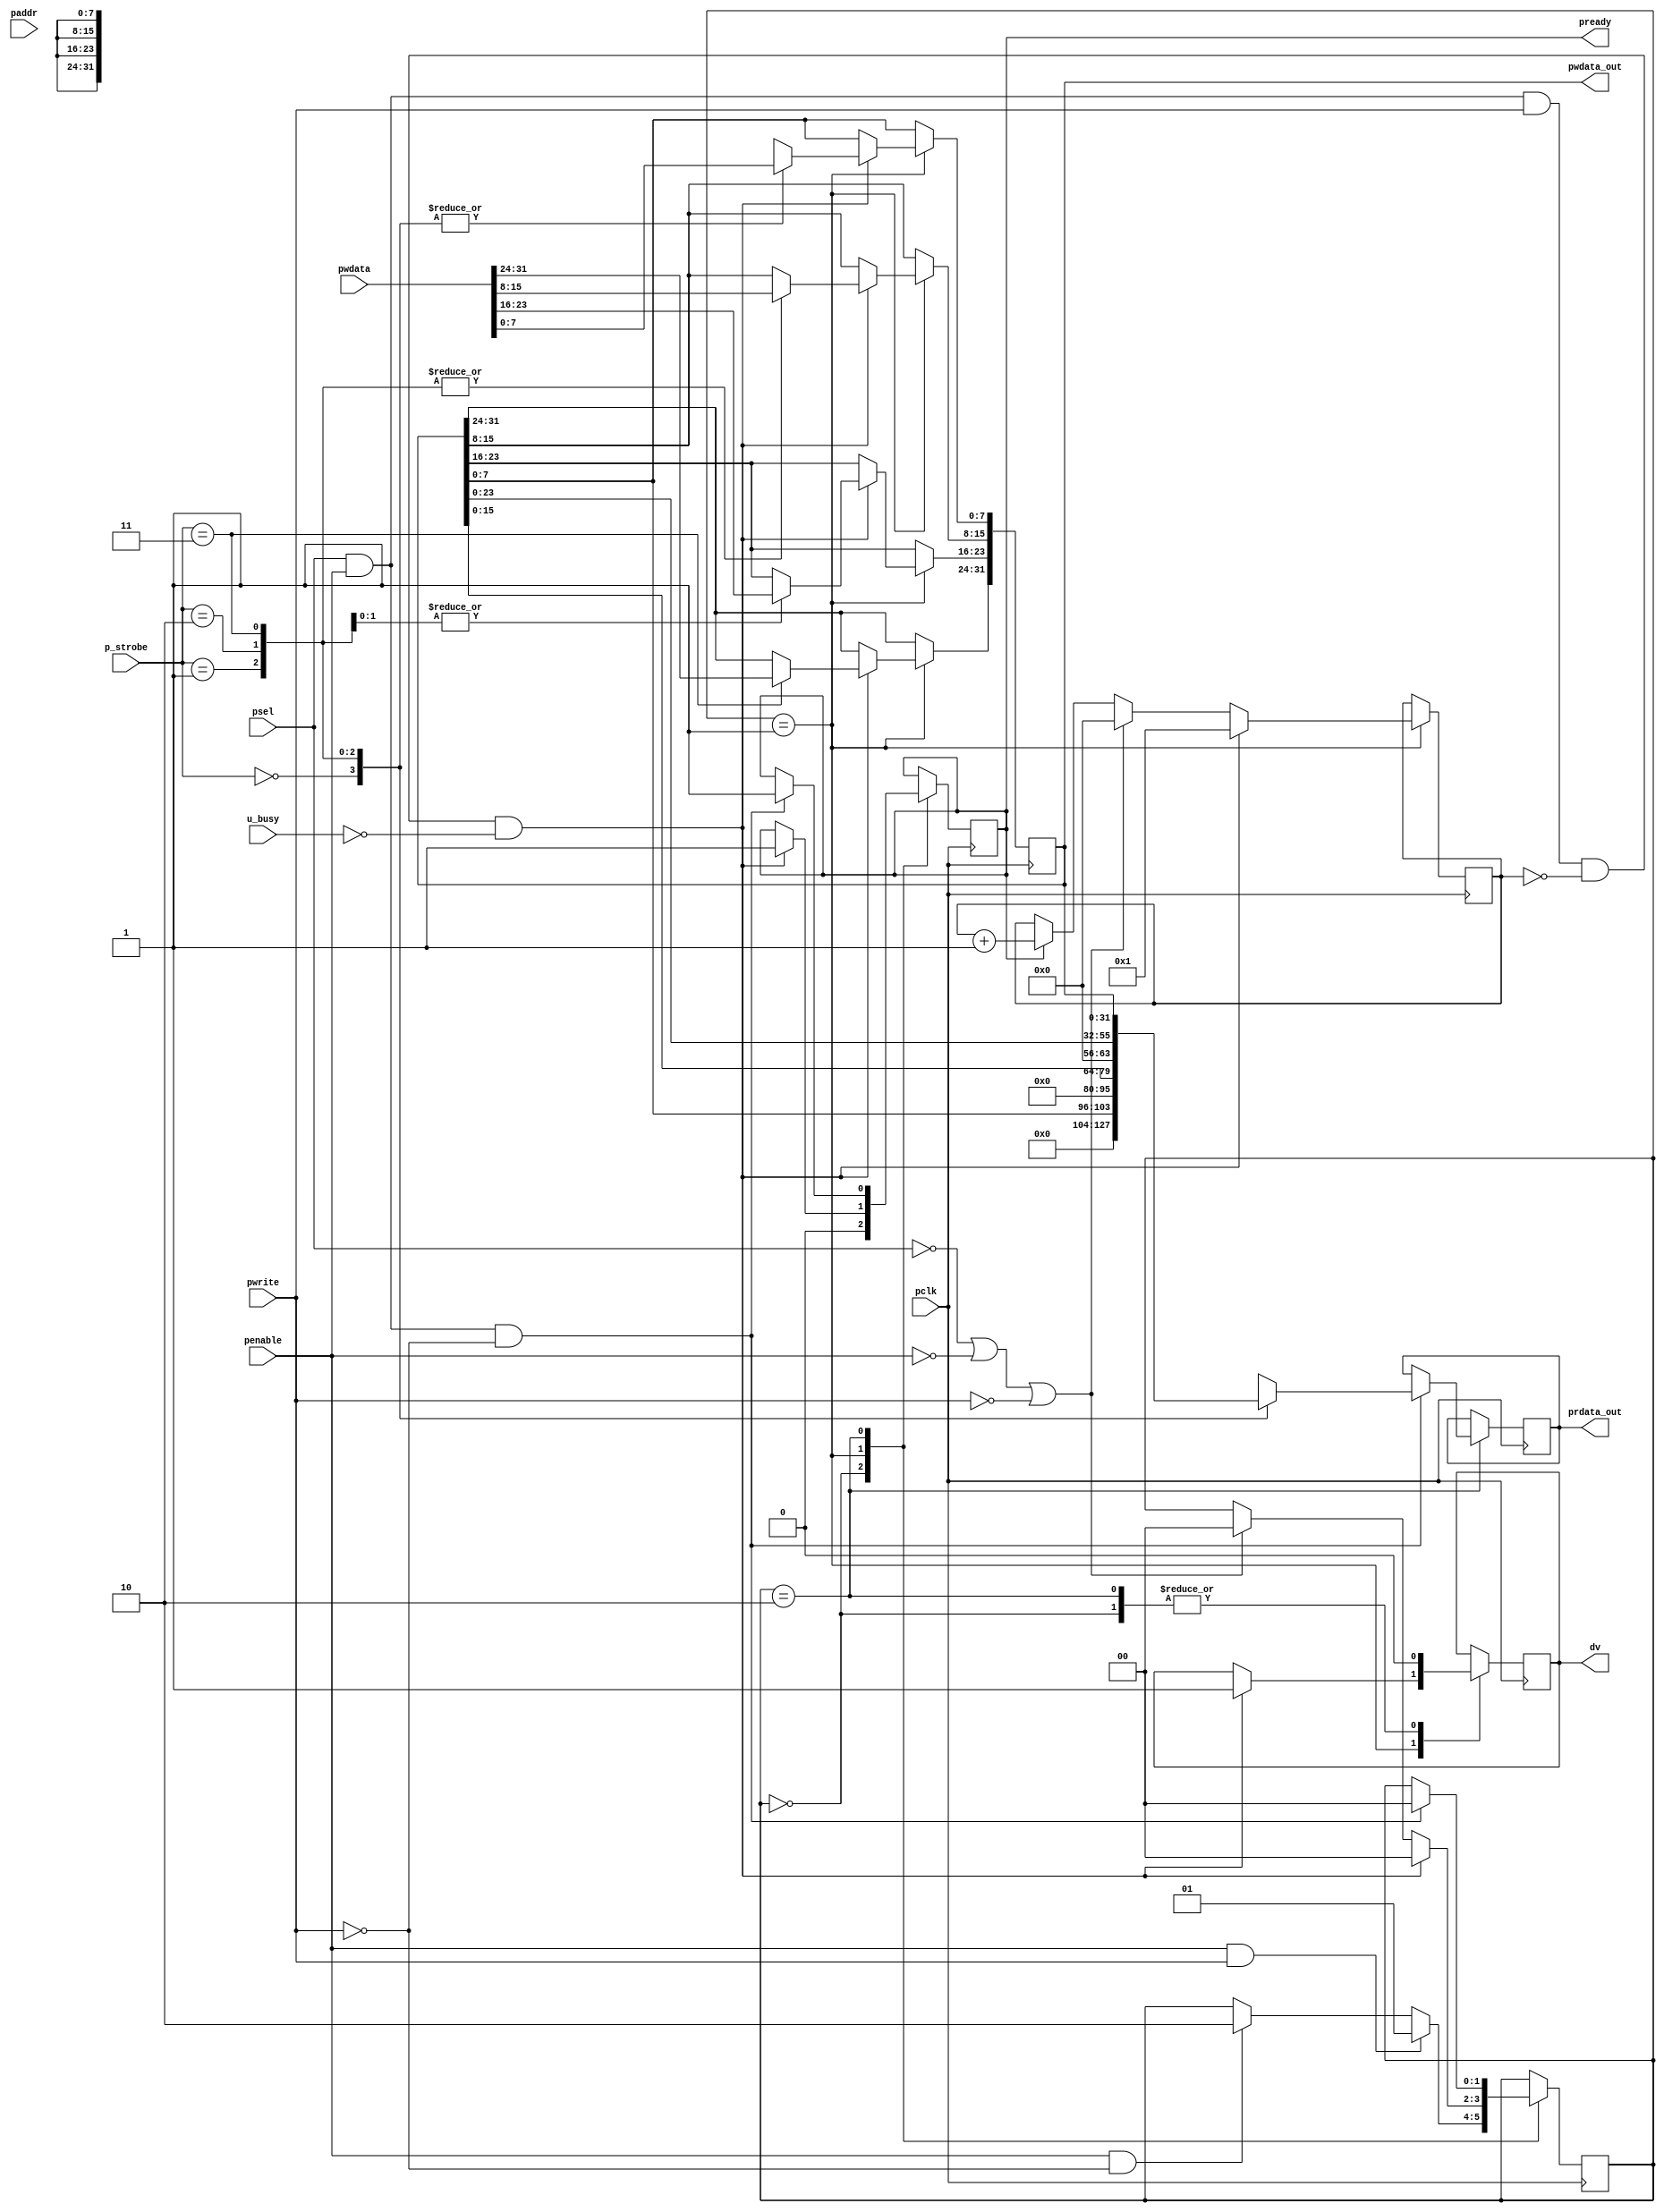
 module apb_slave(
    input                   pclk,
     /* Slave select */
    input                   psel,      
    /* Enable signal */
    input                   penable,       
    input                   pwrite,       
    input wire[31:0]        paddr,        
    input wire[31:0]        pwdata,       
    input[1:0]              p_strobe,
    input                   u_busy,
    output wire [31:0]      pwdata_out,
    output wire [31:0]      prdata_out,
    output reg              dv,
    output reg              pready     
);
     
  reg [7:0] pready_counter = 8'b0; 
  reg [1:0] s_state = 2'b00;     
  reg [31:0] data_latch;
  reg [31:0] temp;
  parameter IDLE  = 2'b00;
  parameter WRITE = 2'b01;
  parameter READ  = 2'b10;
  
  always @(posedge pclk) begin
  case (s_state)
        IDLE: begin
          dv <= 0;
          pready <= 0;
          if (penable && pwrite) begin
            s_state <= WRITE;
          end else if (penable && ~pwrite) begin
            s_state <= READ;
          end
        end

        WRITE: begin
            if (psel && penable && pwrite && (pready_counter == 0) && !u_busy) begin
                case (p_strobe)
                    2'b00: data_latch[7:0] <= pwdata[7:0]; // LSB
                    2'b01: data_latch[15:0] <= pwdata[15:0]; // 2 byte
                    2'b10: data_latch[23:0] <= pwdata[23:0]; // 3 byte
                    2'b11: data_latch[31:0] <= pwdata[31:0]; // ALL
                endcase
                dv <= 1;
                pready <= 1'b1;
                s_state <= IDLE;
                pready_counter <= 1; 
            end else if (!psel || !penable || !pwrite) begin
                s_state <= IDLE;
                pready_counter <= 0; 
            end else if (pready) begin
                pready_counter <= pready_counter + 1; 
            end
        end

       READ: begin
            dv <= 1'b0;
            if (psel && penable && ~pwrite) begin
                case (p_strobe)
                    2'b00: temp <= data_latch[7:0]; 
                    2'b01: temp <= data_latch[15:0];
                    2'b10: temp <= data_latch[23:0];
                    2'b11: temp <= data_latch[31:0];
                endcase
                pready <= 1'b1;
                s_state <= IDLE;
            end
        end
      endcase
  end

  assign prdata_out = temp;
  assign pwdata_out = data_latch;
  
endmodule